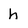
Character: h